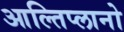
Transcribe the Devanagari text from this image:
आल्तिप्लानो